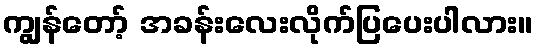
ကျွန်တော့် အခန်းလေးလိုက်ပြပေးပါလား။